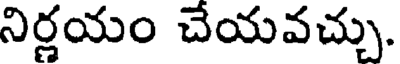
నిర్ణయం చేయవచ్చు.